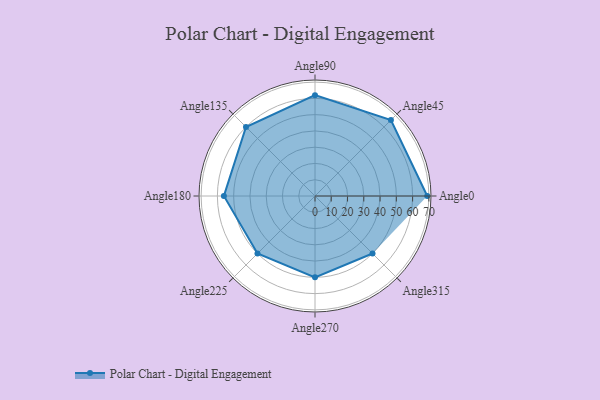
{"axis": {"x": "Angle", "y": "Radius"}, "legend": [""], "data": [{"x": "Angle0", "y": 69.0, "type": ""}, {"x": "Angle45", "y": 66.0, "type": ""}, {"x": "Angle90", "y": 62.0, "type": ""}, {"x": "Angle135", "y": 60.0, "type": ""}, {"x": "Angle180", "y": 56.0, "type": ""}, {"x": "Angle225", "y": 50, "type": ""}, {"x": "Angle270", "y": 50, "type": ""}, {"x": "Angle315", "y": 50, "type": ""}]}